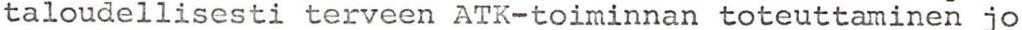
taloudellisesti terveen ATK-toiminnan toteuttaminen jo